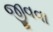
જીવવા